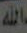
الله